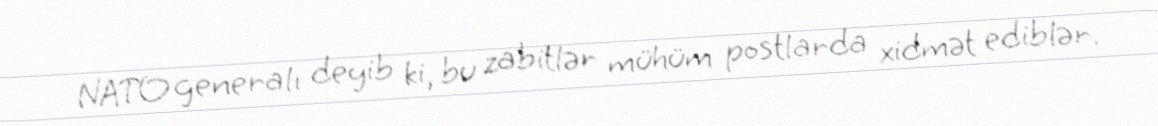
NATO generalı deyib ki, bu zabitlər mühüm postlarda xidmət ediblər.